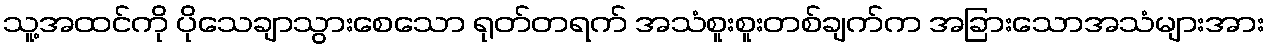
သူ့အထင်ကို ပိုသေချာသွားစေသော ရုတ်တရက် အသံစူးစူးတစ်ချက်က အခြားသောအသံများအား